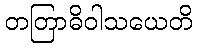
တတြာဓိဝါသယေတိ